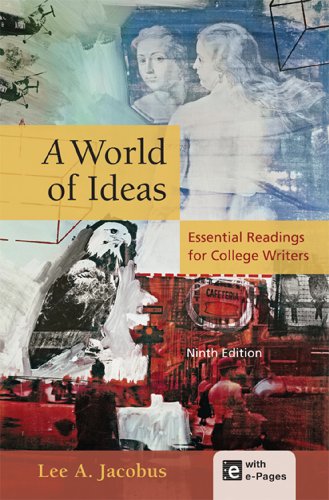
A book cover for A World of Ideas: Essential Readings for College Writers; Lee A. Jacobus; Reference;